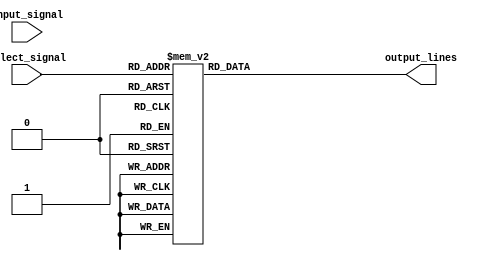
module demux_1to8 (
    input wire input_signal,
    input wire [2:0] select_signal,
    output reg [7:0] output_lines
);

always @(*) begin
    case(select_signal)
        3'b000: output_lines = 8'b00000001; // Output line 0
        3'b001: output_lines = 8'b00000010; // Output line 1
        3'b010: output_lines = 8'b00000100; // Output line 2
        3'b011: output_lines = 8'b00001000; // Output line 3
        3'b100: output_lines = 8'b00010000; // Output line 4
        3'b101: output_lines = 8'b00100000; // Output line 5
        3'b110: output_lines = 8'b01000000; // Output line 6
        3'b111: output_lines = 8'b10000000; // Output line 7
    endcase
end

endmodule